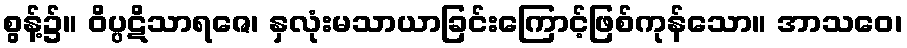
စွန့်၌။ ဝိပ္ပဋိသာရဇေ၊ နှလုံးမသာယာခြင်းကြောင့်ဖြစ်ကုန်သော။ အာသဝေ၊